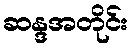
ဆန္ဒအတိုင်း